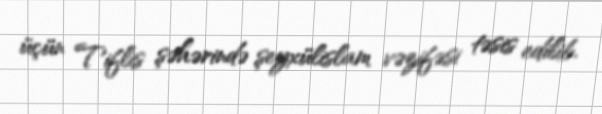
üçün Tiflis şəhərində şeyxülislam vəzifəsi təsis edilib.